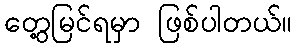
တွေ့မြင်ရမှာ ဖြစ်ပါတယ်။